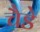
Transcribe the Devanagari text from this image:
चैडे